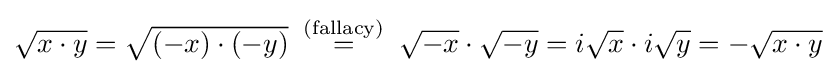
\textstyle {\sqrt {x\cdot y{\vphantom {t}}}}={\sqrt {(-x)\cdot (-y)}}\mathrel {\stackrel {\text{ (fallacy) }}{=}} {\sqrt {-x{\vphantom {ty}}}}\cdot {\sqrt {-y{\vphantom {ty}}}}=i{\sqrt {x{\vphantom {ty}}}}\cdot i{\sqrt {y{\vphantom {ty}}}}=-{\sqrt {x\cdot y{\vphantom {ty}}}}